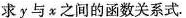
求y与x之间的函数关系式.